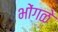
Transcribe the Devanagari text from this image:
भोंगळे